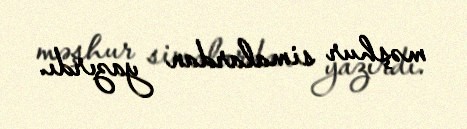
məşhur simalardan yazırdı.